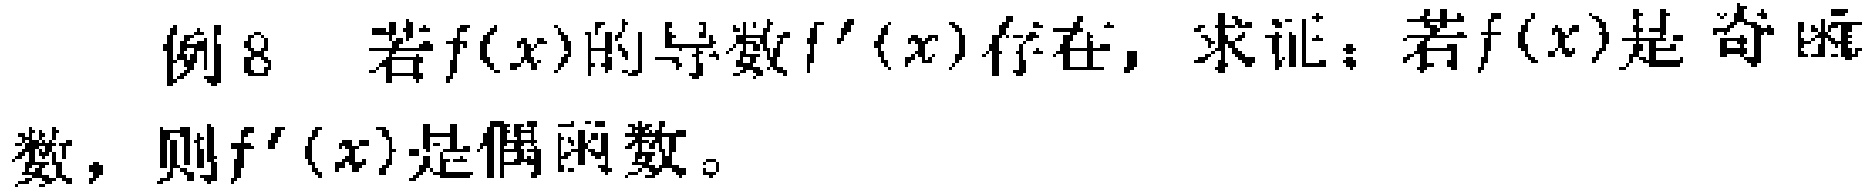
例8 若\(f(x)\)的导数\(f^{\prime}(x)\)存在，求证：若\(f(x)\)是奇函数，则\(f^{\prime}(x)\)是偶函数。